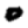
Digit: 0